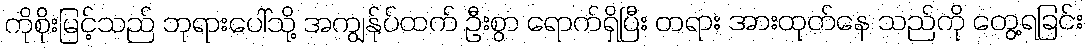
ကိုစိုးမြင့်သည် ဘုရားပေါ်သို့ အကျွန်ုပ်ထက် ဦးစွာ ရောက်ရှိပြီး တရား အားထုတ်နေ သည်ကို တွေ့ရခြင်း